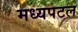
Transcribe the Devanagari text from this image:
मध्यपटल